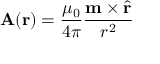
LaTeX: \mathbf { A } ( \mathbf { r } ) = { \frac { \mu _ { 0 } } { 4 \pi } } { \frac { \mathbf { m } \times { \hat { \mathbf { r } } } } { r ^ { 2 } } }